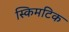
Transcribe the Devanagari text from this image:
स्किमटिक